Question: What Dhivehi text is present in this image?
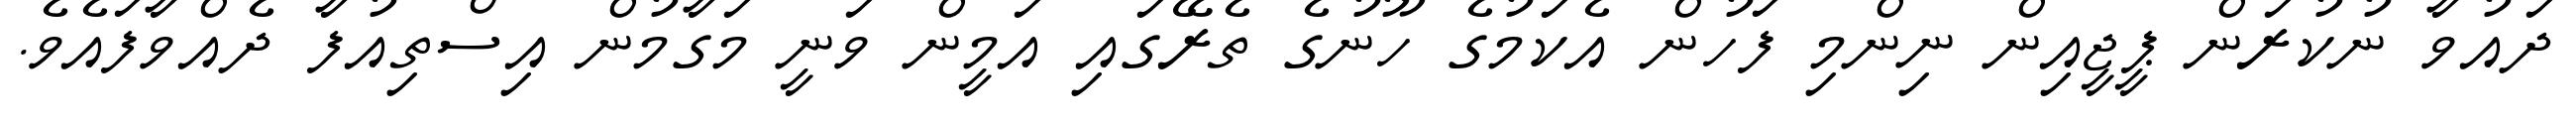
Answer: ދައުވާ ނުކުރަން ޕީޖީއިން ނިންމި ފަހުން އެކަމުގެ ހޫނުގެ ތެރޭގައި އަމީން ވަނީ މަގާމުން އިސްތިއުފާ ދެއްވާފައެވެ.